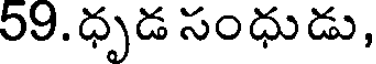
59. ధృడ సంధుడు,